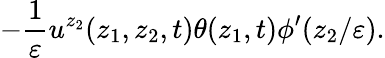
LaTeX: -\frac{1}{\varepsilon}u^{z_{2}}(z_{1},z_{2},t)\theta(z_{1},t)\phi^{\prime}(z_{2}/\varepsilon).